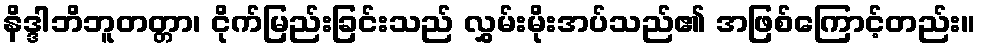
နိဒ္ဒါဘိဘူတတ္တာ၊ ငိုက်မြည်းခြင်းသည် လွှမ်းမိုးအပ်သည်၏ အဖြစ်ကြောင့်တည်း။